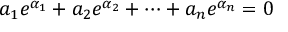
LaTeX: a _ { 1 } e ^ { \alpha _ { 1 } } + a _ { 2 } e ^ { \alpha _ { 2 } } + \cdots + a _ { n } e ^ { \alpha _ { n } } = 0